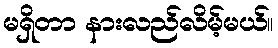
မရှိတာ နားလည်လိမ့်မယ်။